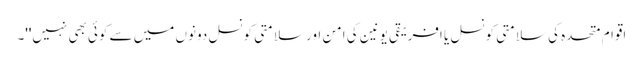
اقوام متحدہ کی سلامتی کونسل یا افریقی یونین کی امن اور سلامتی کونسل دونوں میں سے کوئی بھی نہیں''۔